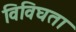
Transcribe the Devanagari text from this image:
विविघता